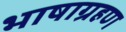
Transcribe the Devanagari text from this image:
भाषाग्रहण